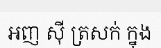
អញ ស៊ី ត្រសក់ ក្នុង